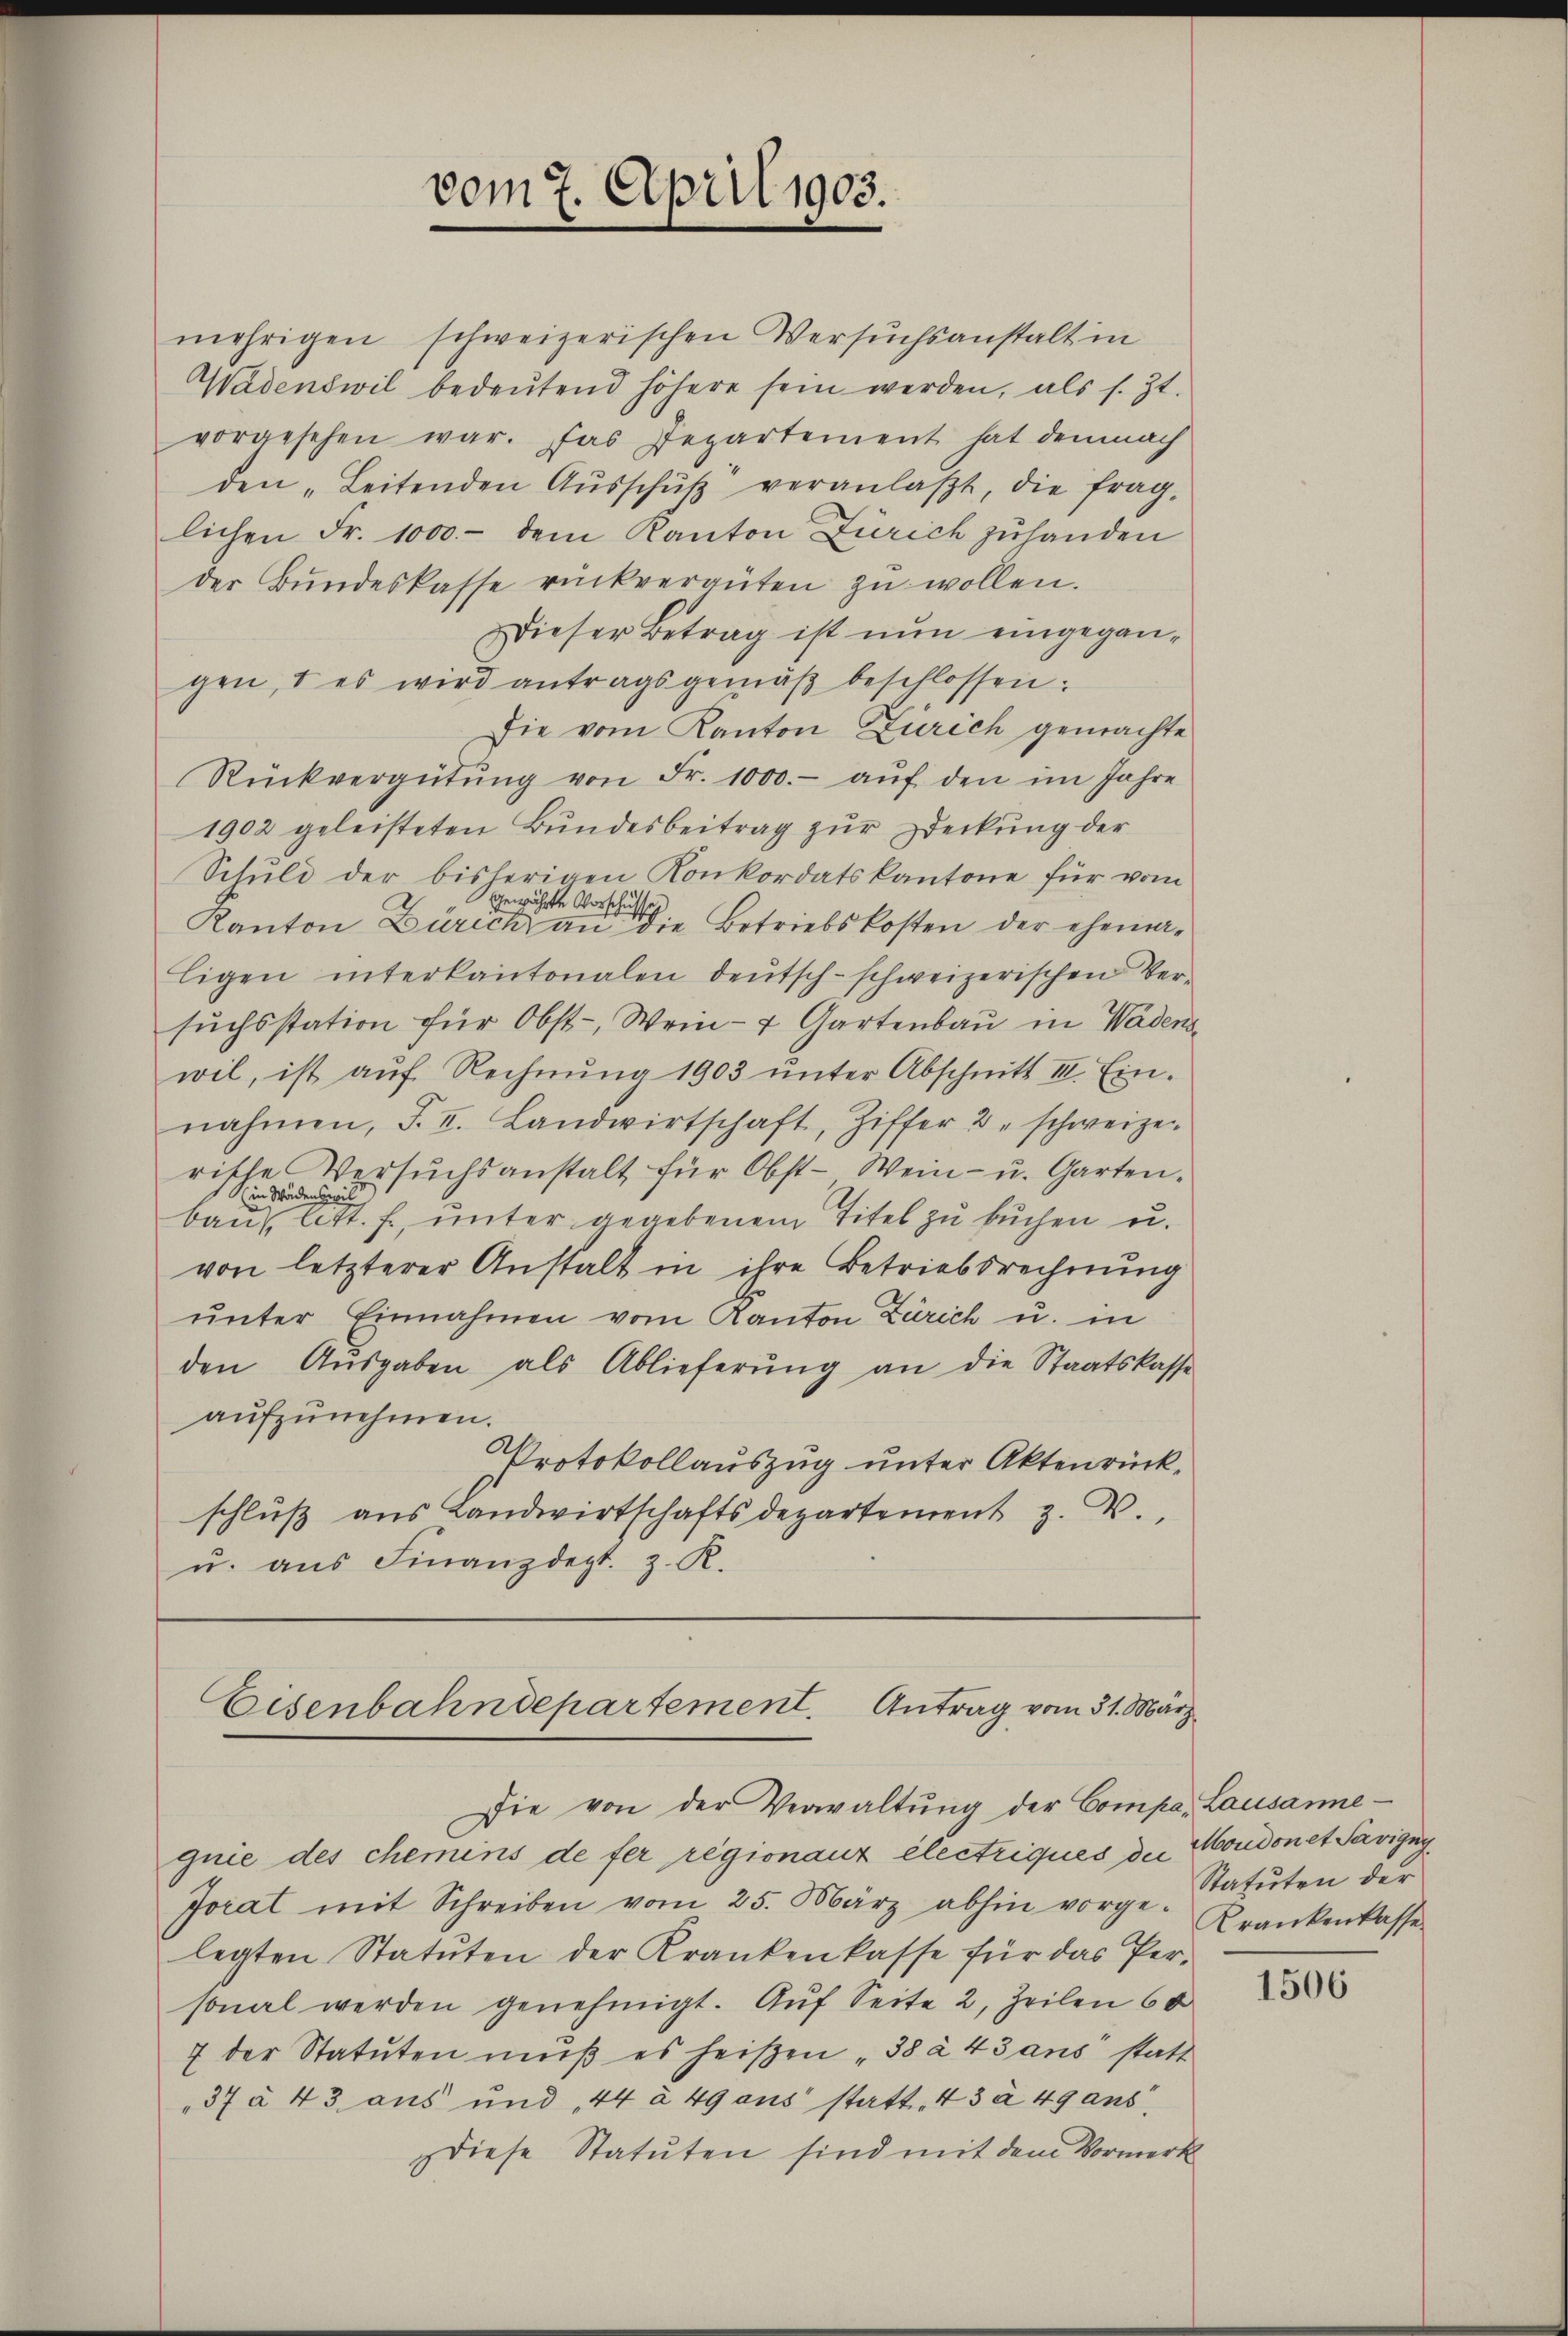
mehrigen schweizerischen Versuchsanstalt in
Wadenswil bedeŭtend höhere sein werden, als s. Zt.
vorgesehen war. Das Departement hat demnach
den „Leitenden Aŭsschŭβ veranlaßt, die fraglichen Fr. 1000.- dem Kanton Zürich zuhanden
der Bundeskasse rückvergüten zu wollen.
Dieser Betrag ist nun eingegangen, & es wird antragsgemäß beschlossen:
Die vom Kanton Zürich gemachte
Rückvergütŭng von Fr. 1000.- aŭf den im Jahre
1902 geleisteten Bundesbeitrag zur Deckung der
Schuld der bisherigen Konkordatskantone für vom
gewährte Vorschul
Kanton Zürich an die Betriebskosten der ehemaligen interkantonalen deutsch-schweizerischen Ver-
suchsstation für Obst-, Wein- & Gartenbau in Wädenswil, ist aŭf Rechnŭng 1903 ŭnter Abschnitt II. Ein-
nahmen, F. II. Landwirtschaft, Ziffer u. schweize
rische Versŭchsanstalt für Obst-Wein- u. Garten-
S. in Wädenseil
baus, litt. f., unter gegebenem Titel zu buchen u.
von letzterer Anstalt in ihre Betriebsrechnung
unter Einnahmen vom Kanton Zürich u. in
den Aŭsgaben als Ablieferŭng an die Staatskasse
aufzunehmen.
Protokollauszug unter Aktenrückschlŭβ ans Landwirtschaftsdepartement z. B.
u. aus Finanzdept. z. R.

vom 7. April 1903.

Eisenbahndepartement. Antrag vom 31. März

sie von der Verwaltŭng der Compa, Lausanne
quie des chemins de fer regionauz électriques der Moudon et Savigny
Jorat mit Schreiben vom 25. März abhin vorge-Krankenkasse
legten Statuten der Krankenkasse für das Per-
sonal werden genehmigt. Auf Seite 2, Zeilen 60
7 der Statuten mŭβ es heißen "38 à 43 ans statt
"37 à 43 aus und 44 à 49 aus statt, 43 à 49 aus
Diese Statuten sind mit dem Vormerk

Statuten der

1506